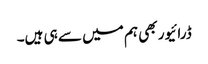
ڈرائیور بھی ہم میں سے ہی ہیں۔